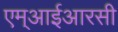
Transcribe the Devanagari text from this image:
एम्आईआरसी